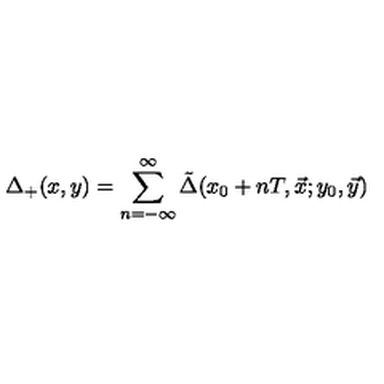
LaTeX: \Delta _ { + } ( x , y ) = \sum _ { n = - \infty } ^ { \infty } \tilde { \Delta } ( x _ { 0 } + n T , \vec { x } ; y _ { 0 } , \vec { y } )